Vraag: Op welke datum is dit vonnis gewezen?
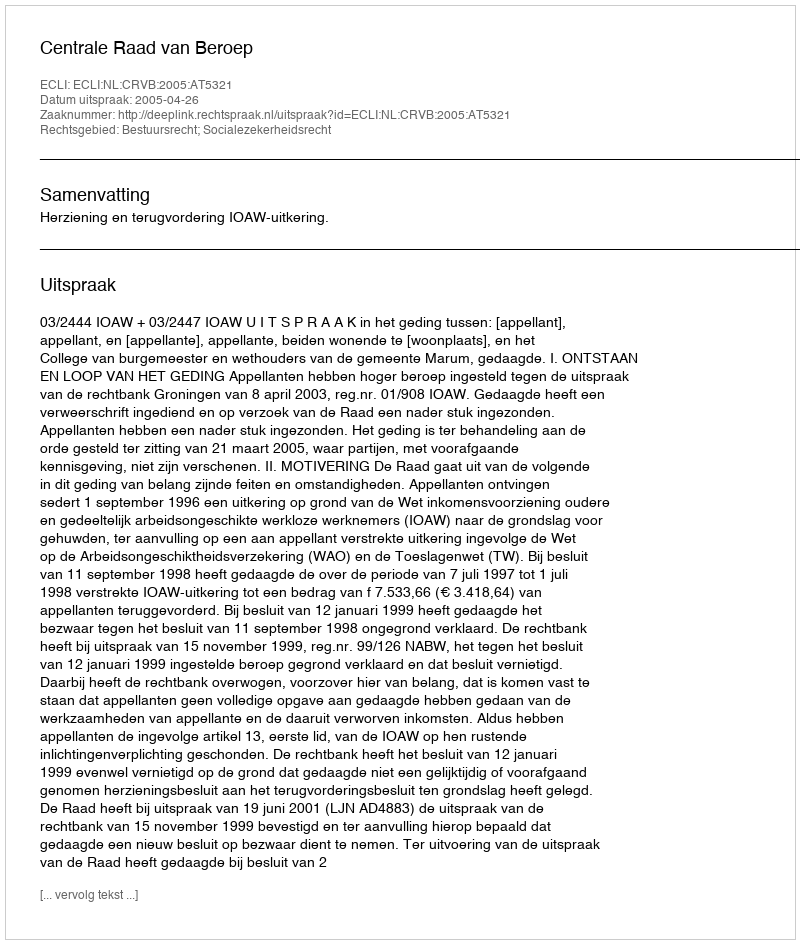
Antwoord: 2005-04-26